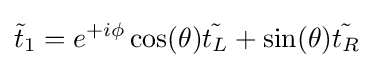
{\tilde {t}}_{1}=e^{+i\phi }\cos(\theta ){\tilde {t_{L}}}+\sin(\theta ){\tilde {t_{R}}}